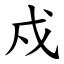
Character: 戍